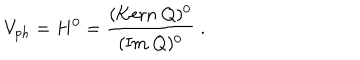
V _ { p h } = H ^ { 0 } = \frac { ( \mathrm { K e r n } ~ Q ) ^ { 0 } } { ( \mathrm { I m } ~ Q ) ^ { 0 } } \; .